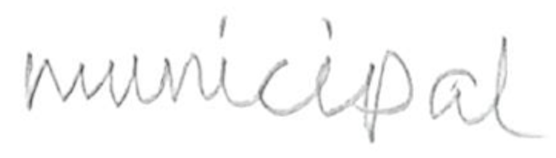
Text: municipal
Cross-out: clean
Writing tool: pencil